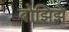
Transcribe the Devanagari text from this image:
बोझिझे